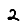
Digit: 2